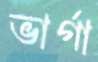
ভার্গা